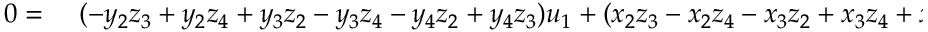
\begin{array} { r l } { 0 = } & { { } \ ( - y _ { 2 } z _ { 3 } + y _ { 2 } z _ { 4 } + y _ { 3 } z _ { 2 } - y _ { 3 } z _ { 4 } - y _ { 4 } z _ { 2 } + y _ { 4 } z _ { 3 } ) u _ { 1 } + ( x _ { 2 } z _ { 3 } - x _ { 2 } z _ { 4 } - x _ { 3 } z _ { 2 } + x _ { 3 } z _ { 4 } + x _ { 4 } z _ { 2 } - x _ { 4 } z _ { 3 } ) v _ { 1 } } \end{array}